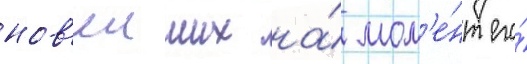
нов'еиших на́ мом'е́нт его́